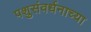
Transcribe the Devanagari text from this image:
पशुसंवर्धनाच्या